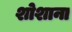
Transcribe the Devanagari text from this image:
शोशाना